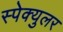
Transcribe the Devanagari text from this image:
स्पेक्युलर